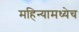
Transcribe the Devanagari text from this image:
महिन्यामध्येच